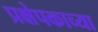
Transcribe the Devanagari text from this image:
प्रक्षेपकाच्या